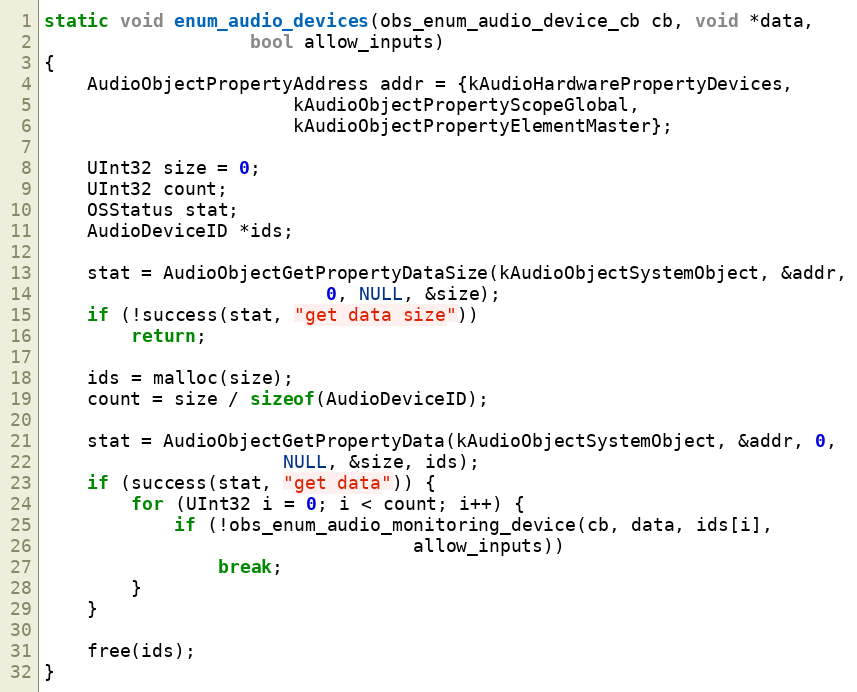
Language: C
static void enum_audio_devices(obs_enum_audio_device_cb cb, void *data,
			       bool allow_inputs)
{
	AudioObjectPropertyAddress addr = {kAudioHardwarePropertyDevices,
					   kAudioObjectPropertyScopeGlobal,
					   kAudioObjectPropertyElementMaster};

	UInt32 size = 0;
	UInt32 count;
	OSStatus stat;
	AudioDeviceID *ids;

	stat = AudioObjectGetPropertyDataSize(kAudioObjectSystemObject, &addr,
					      0, NULL, &size);
	if (!success(stat, "get data size"))
		return;

	ids = malloc(size);
	count = size / sizeof(AudioDeviceID);

	stat = AudioObjectGetPropertyData(kAudioObjectSystemObject, &addr, 0,
					  NULL, &size, ids);
	if (success(stat, "get data")) {
		for (UInt32 i = 0; i < count; i++) {
			if (!obs_enum_audio_monitoring_device(cb, data, ids[i],
							      allow_inputs))
				break;
		}
	}

	free(ids);
}